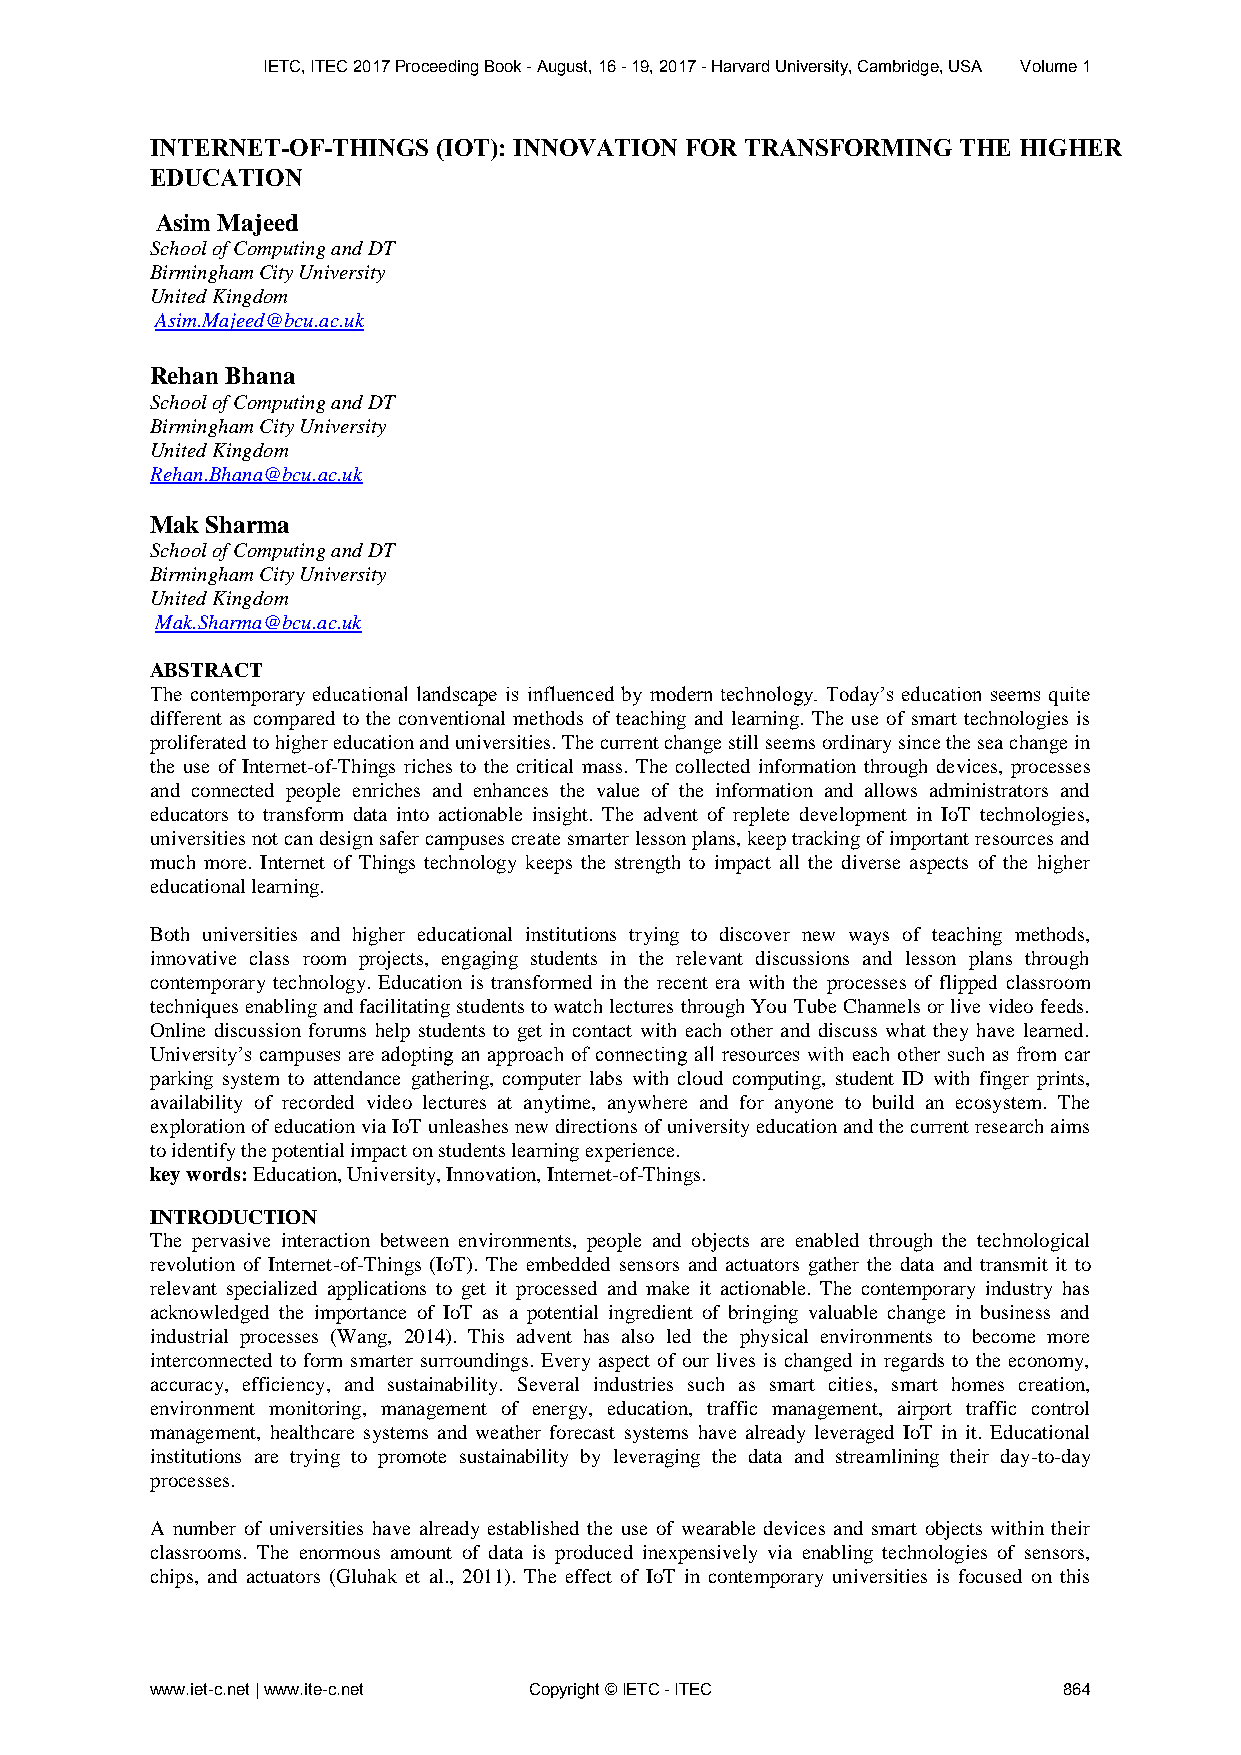
IETC, ITEC 2017 Proceeding Book - August, 16 - 19, 2017 - Harvard University, Cambridge, USA Volume 1
 INTERNET-OF-THINGS (IOT): INNOVATION FOR TRANSFORMING THE HIGHER
 EDUCATION
 Asim Majeed
 School of Computing and DT
 Birmingham City University
 United Kingdom
 Asim.Majeed@bcu.ac.uk
 Rehan Bhana
 School of Computing and DT
 Birmingham City University
 United Kingdom
 Rehan.Bhana@bcu.ac.uk
 Mak Sharma
 School of Computing and DT
 Birmingham City University
 United Kingdom
 Mak.Sharma@bcu.ac.uk
 ABSTRACT
 The contemporary educational landscape is influenced by modern technology. Today’s education seems quite
 different as compared to the conventional methods of teaching and learning. The use of smart technologies is
 proliferated to higher education and universities. The current change still seems ordinary since the sea change in
 the use of Internet-of-Things riches to the critical mass. The collected information through devices, processes
 and connected people enriches and enhances the value of the information and allows administrators and
 educators to transform data into actionable insight. The advent of replete development in IoT technologies,
 universities not can design safer campuses create smarter lesson plans, keep tracking of important resources and
 much more. Internet of Things technology keeps the strength to impact all the diverse aspects of the higher
 educational learning.
 Both universities and higher educational institutions trying to discover new ways of teaching methods,
 innovative class room projects, engaging students in the relevant discussions and lesson plans through
 contemporary technology. Education is transformed in the recent era with the processes of flipped classroom
 techniques enabling and facilitating students to watch lectures through You Tube Channels or live video feeds.
 Online discussion forums help students to get in contact with each other and discuss what they have learned.
 University’s campuses are adopting an approach of connecting all resources with each other such as from car
 parking system to attendance gathering, computer labs with cloud computing, student ID with finger prints,
 availability of recorded video lectures at anytime, anywhere and for anyone to build an ecosystem. The
 exploration of education via IoT unleashes new directions of university education and the current research aims
 to identify the potential impact on students learning experience.
 key words: Education, University, Innovation, Internet-of-Things.
 INTRODUCTION
 The pervasive interaction between environments, people and objects are enabled through the technological
 revolution of Internet-of-Things (IoT). The embedded sensors and actuators gather the data and transmit it to
 relevant specialized applications to get it processed and make it actionable. The contemporary industry has
 acknowledged the importance of IoT as a potential ingredient of bringing valuable change in business and
 industrial processes (Wang, 2014). This advent has also led the physical environments to become more
 interconnected to form smarter surroundings. Every aspect of our lives is changed in regards to the economy,
 accuracy, efficiency, and sustainability. Several industries such as smart cities, smart homes creation,
 environment monitoring, management of energy, education, traffic management, airport traffic control
 management, healthcare systems and weather forecast systems have already leveraged IoT in it. Educational
 institutions are trying to promote sustainability by leveraging the data and streamlining their day-to-day
 processes.
 A number of universities have already established the use of wearable devices and smart objects within their
 classrooms. The enormous amount of data is produced inexpensively via enabling technologies of sensors,
 chips, and actuators (Gluhak et al., 2011). The effect of IoT in contemporary universities is focused on this
 www.iet-c.net | www.ite-c.net Copyright © IETC - ITEC       864